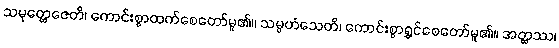
သမုတ္တေဇေတိ၊ ကောင်းစွာထက်စေတော်မူ၏။ သမ္ပဟံသေတိ၊ ကောင်းစွာရွှင်စေတော်မူ၏။ အတ္ထဿ၊